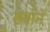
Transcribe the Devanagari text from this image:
सतानें